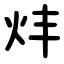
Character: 炐